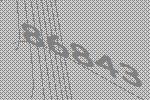
86843